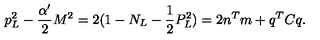
p _ { L } ^ { 2 } - \frac { \alpha ^ { \prime } } { 2 } M ^ { 2 } = 2 ( 1 - N _ { L } - \frac { 1 } { 2 } P _ { L } ^ { 2 } ) = 2 n ^ { T } m + q ^ { T } C q .